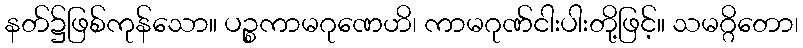
နတ်၌ဖြစ်ကုန်သော။ ပဉ္စကာမဂုဏေဟိ၊ ကာမဂုဏ်ငါးပါးတို့ဖြင့်။ သမဂ္ဂိတော၊